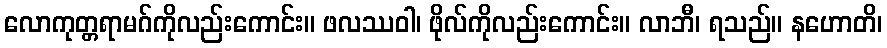
လောကုတ္တရာမဂ်ကိုလည်းကောင်း။ ဖလဿဝါ၊ ဖိုလ်ကိုလည်းကောင်း။ လာဘီ၊ ရသည်။ နဟောတိ၊